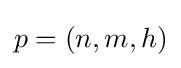
p=(n,m,h)